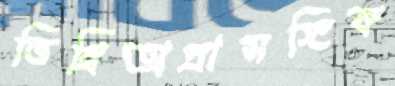
তিন্রিঅপ্রাসঙ্গিক